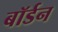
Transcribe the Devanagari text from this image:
बॉर्डन